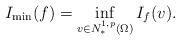
LaTeX: \begin{align*}I_{\min}(f)=\inf_{v\in N^{1,p}_*(\Omega)}I_f(v).\end{align*}